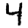
Digit: 4